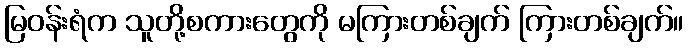
မြဝန်းရံက သူတို့စကားတွေကို မကြားတစ်ချက် ကြားတစ်ချက်။